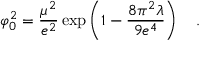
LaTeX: \varphi _ { 0 } ^ { 2 } = { \frac { \mu ^ { 2 } } { e ^ { 2 } } } \exp \left( 1 - { \frac { 8 \pi ^ { 2 } \lambda } { 9 e ^ { 4 } } } \right) ~ ~ ~ .